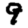
Digit: 9